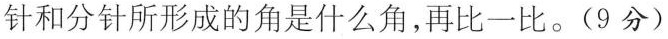
针和分针所形成的角是什么角，再比一比。(9分)